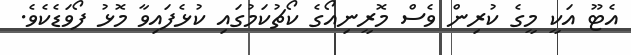
އެޓޫ އަކީ މީގެ ކުރިން ވެސް މޮރީނިއޯގެ ކޯޗުކަމުގައި ކުޅެފައިވާ މޮޅު ފޯވަޑެކެވެ.